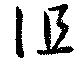
徂